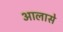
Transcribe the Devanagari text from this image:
आलासे